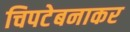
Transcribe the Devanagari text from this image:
चिपटेबनाकर